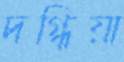
দগ্ধিয়া